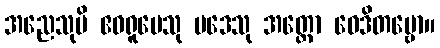
အညေသုပိ ဧဝရူပေသု ပဒေသု အတ္ထော ဝေဒိတဗ္ဗော။